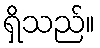
ရှိသည်။